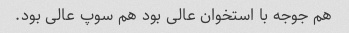
هم جوجه با استخوان عالی بود هم سوپ عالی بود.